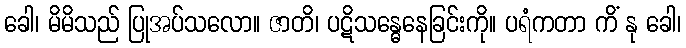
ခေါ၊ မိမိသည် ပြုအပ်သလော။ ဇာတိ၊ ပဋိသန္ဓေနေခြင်းကို။ ပရံကတာ ကိံ နု ခေါ၊